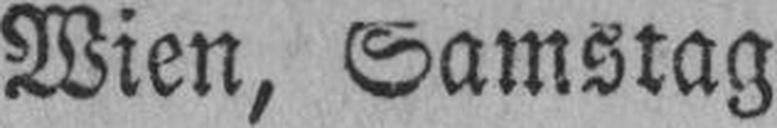
Wien, Samstag